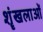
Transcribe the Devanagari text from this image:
शॄंखलाओं